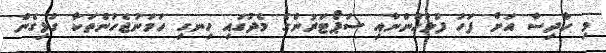
މި ހާދިސާ އަށް ފަހު ފުލުހުންނާއި ސަޕޯޓަރުންގެ މެދުގައި ހިނގި ހަމަނުޖެހުންތަކާ ގުޅިގެން